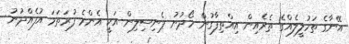
އޭނާގެ ތަހުލީލެއްގެ ތެރެއިން އިއްތިފާގުން ހޯދުނު ޕެނިސިލިން އަކީ އެންމެ ފުރަތަމަ އުފެއްދުނު